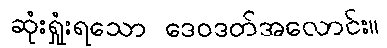
ဆုံးရှုံးရသော ဒေဝဒတ်အလောင်း။